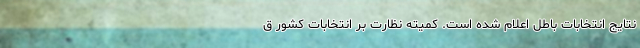
نتایج انتخابات باطل اعلام شده است. کمیته نظارت بر انتخابات کشور ق